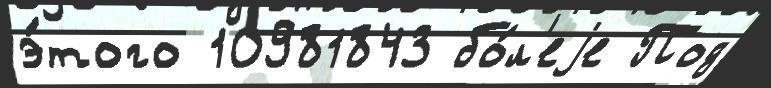
э́того 10981843 бо́л'еjе Под